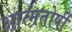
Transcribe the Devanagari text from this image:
आत्मतोषीं